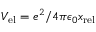
V _ { { \mathrm { e l } } } = e ^ { 2 } / 4 \pi \epsilon _ { 0 } x _ { \mathrm { r e l } }